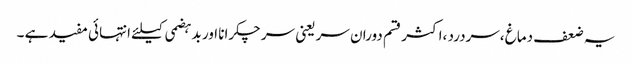
یہ ضعف دماغ ،سردرد ،اکثر قسم دوران سر یعنی سر چکرانا اور بدہضمی کیلئے انتہائی مفید ہے ۔